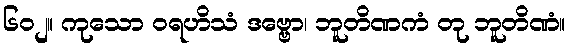
၆၀၂။ ကုသော ဝရဟိသံ ဒဗ္ဗော၊ ဘူတိဏကံ တု ဘူတိဏံ။